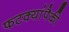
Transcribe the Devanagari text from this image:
फटक्यांपैकी